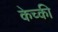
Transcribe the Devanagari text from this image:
केच्की